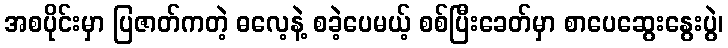
အစပိုင်းမှာ ပြဇာတ်ကတဲ့ ဓလေ့နဲ့ စခဲ့ပေမယ့် စစ်ပြီးခေတ်မှာ စာပေဆွေးနွေးပွဲ၊